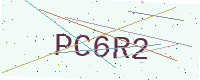
Text: PC6R2